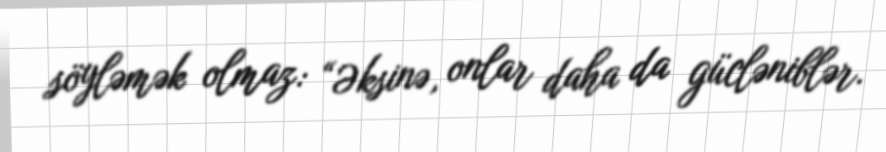
söyləmək olmaz: “Əksinə, onlar daha da gücləniblər.